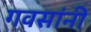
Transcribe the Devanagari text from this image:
गवसांनी